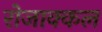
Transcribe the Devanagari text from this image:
रोजाक्कल